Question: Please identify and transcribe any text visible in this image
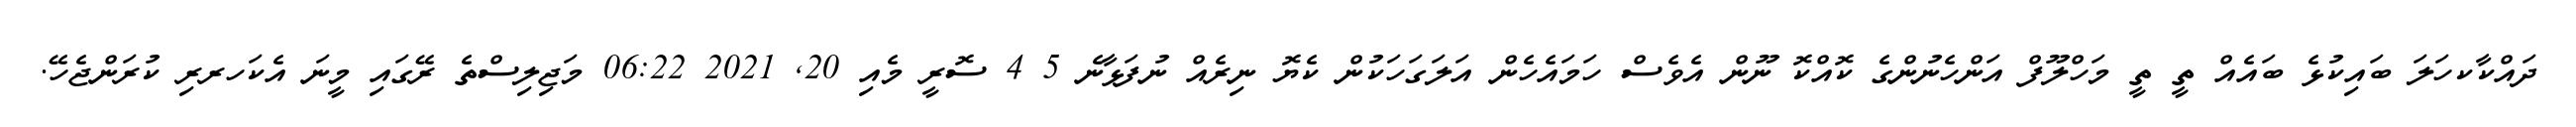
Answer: ދައްކާކހަލަ ބައިކުޅެ ބައެއް ތީ ތީ މަހްލޫފް އަންހެނުންގެ ކޮއްކޮ ނޫން އެވެސް ހަމައެހެން އަލަގަހަކުން ކެޔޮ ނިރެއް ނުފަޅާނެ 5 4 ސޮރީ މެއި 20, 2021 06:22 މަޖިލިސްތެ ރޭގައި މީނަ އެކަހރރި ކުރަންޖެހޭ.